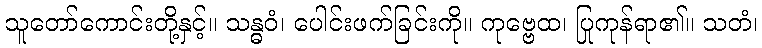
သူတော်ကောင်းတို့နှင့်။ သန္ဓဝံ၊ ပေါင်းဖက်ခြင်းကို။ ကုဗ္ဗေထ၊ ပြုကုန်ရာ၏။ သတံ၊